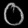
Digit: ၀